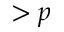
> p